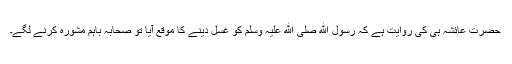
حضرت عائشہ ہی کی روایت ہے کہ رسول ﷲ صلی ﷲ علیہ وسلم کو غسل دینے کا موقع آیا تو صحابہ باہم مشورہ کرنے لگے۔